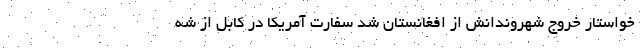
خواستار خروج شهروندانش از افغانستان شد سفارت آمریکا در کابل از شه